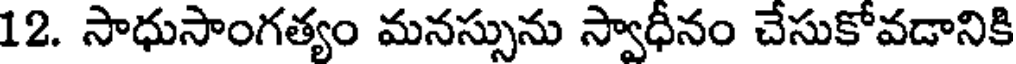
12. సాధుసాంగత్యం మనస్సును స్వాధీనం చేసుకోవడానికి